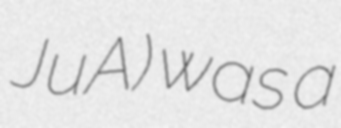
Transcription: JuA) was a